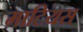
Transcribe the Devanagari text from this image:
माटियस